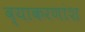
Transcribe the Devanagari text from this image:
व्याकरणांश